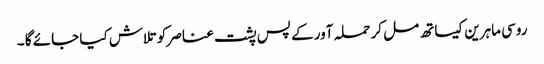
روسی ماہرین کیساتھ مل کر حملہ آور کے پس پشت عناصر کو تلاش کیا جائے گا ۔